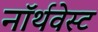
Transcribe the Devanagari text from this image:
नॉर्थवेस्‍ट